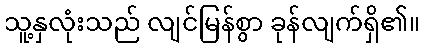
သူ့နှလုံးသည် လျင်မြန်စွာ ခုန်လျက်ရှိ၏။